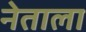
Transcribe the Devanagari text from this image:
नेताला